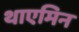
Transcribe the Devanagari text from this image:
थाएमिन